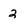
Character: 2